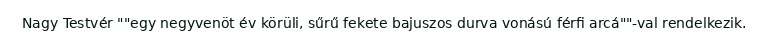
Nagy Testvér ""egy negyvenöt év körüli, sűrű fekete bajuszos durva vonású férfi arcá""-val rendelkezik.